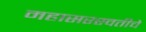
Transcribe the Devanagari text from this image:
महासरस्वतीचे